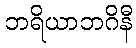
ဘရိယာဘဂိနီ